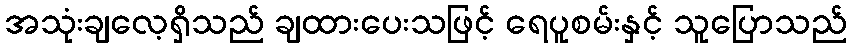
အသုံးချလေ့ရှိသည် ချထားပေးသဖြင့် ရေပူစမ်းနှင့် သူပြောသည်